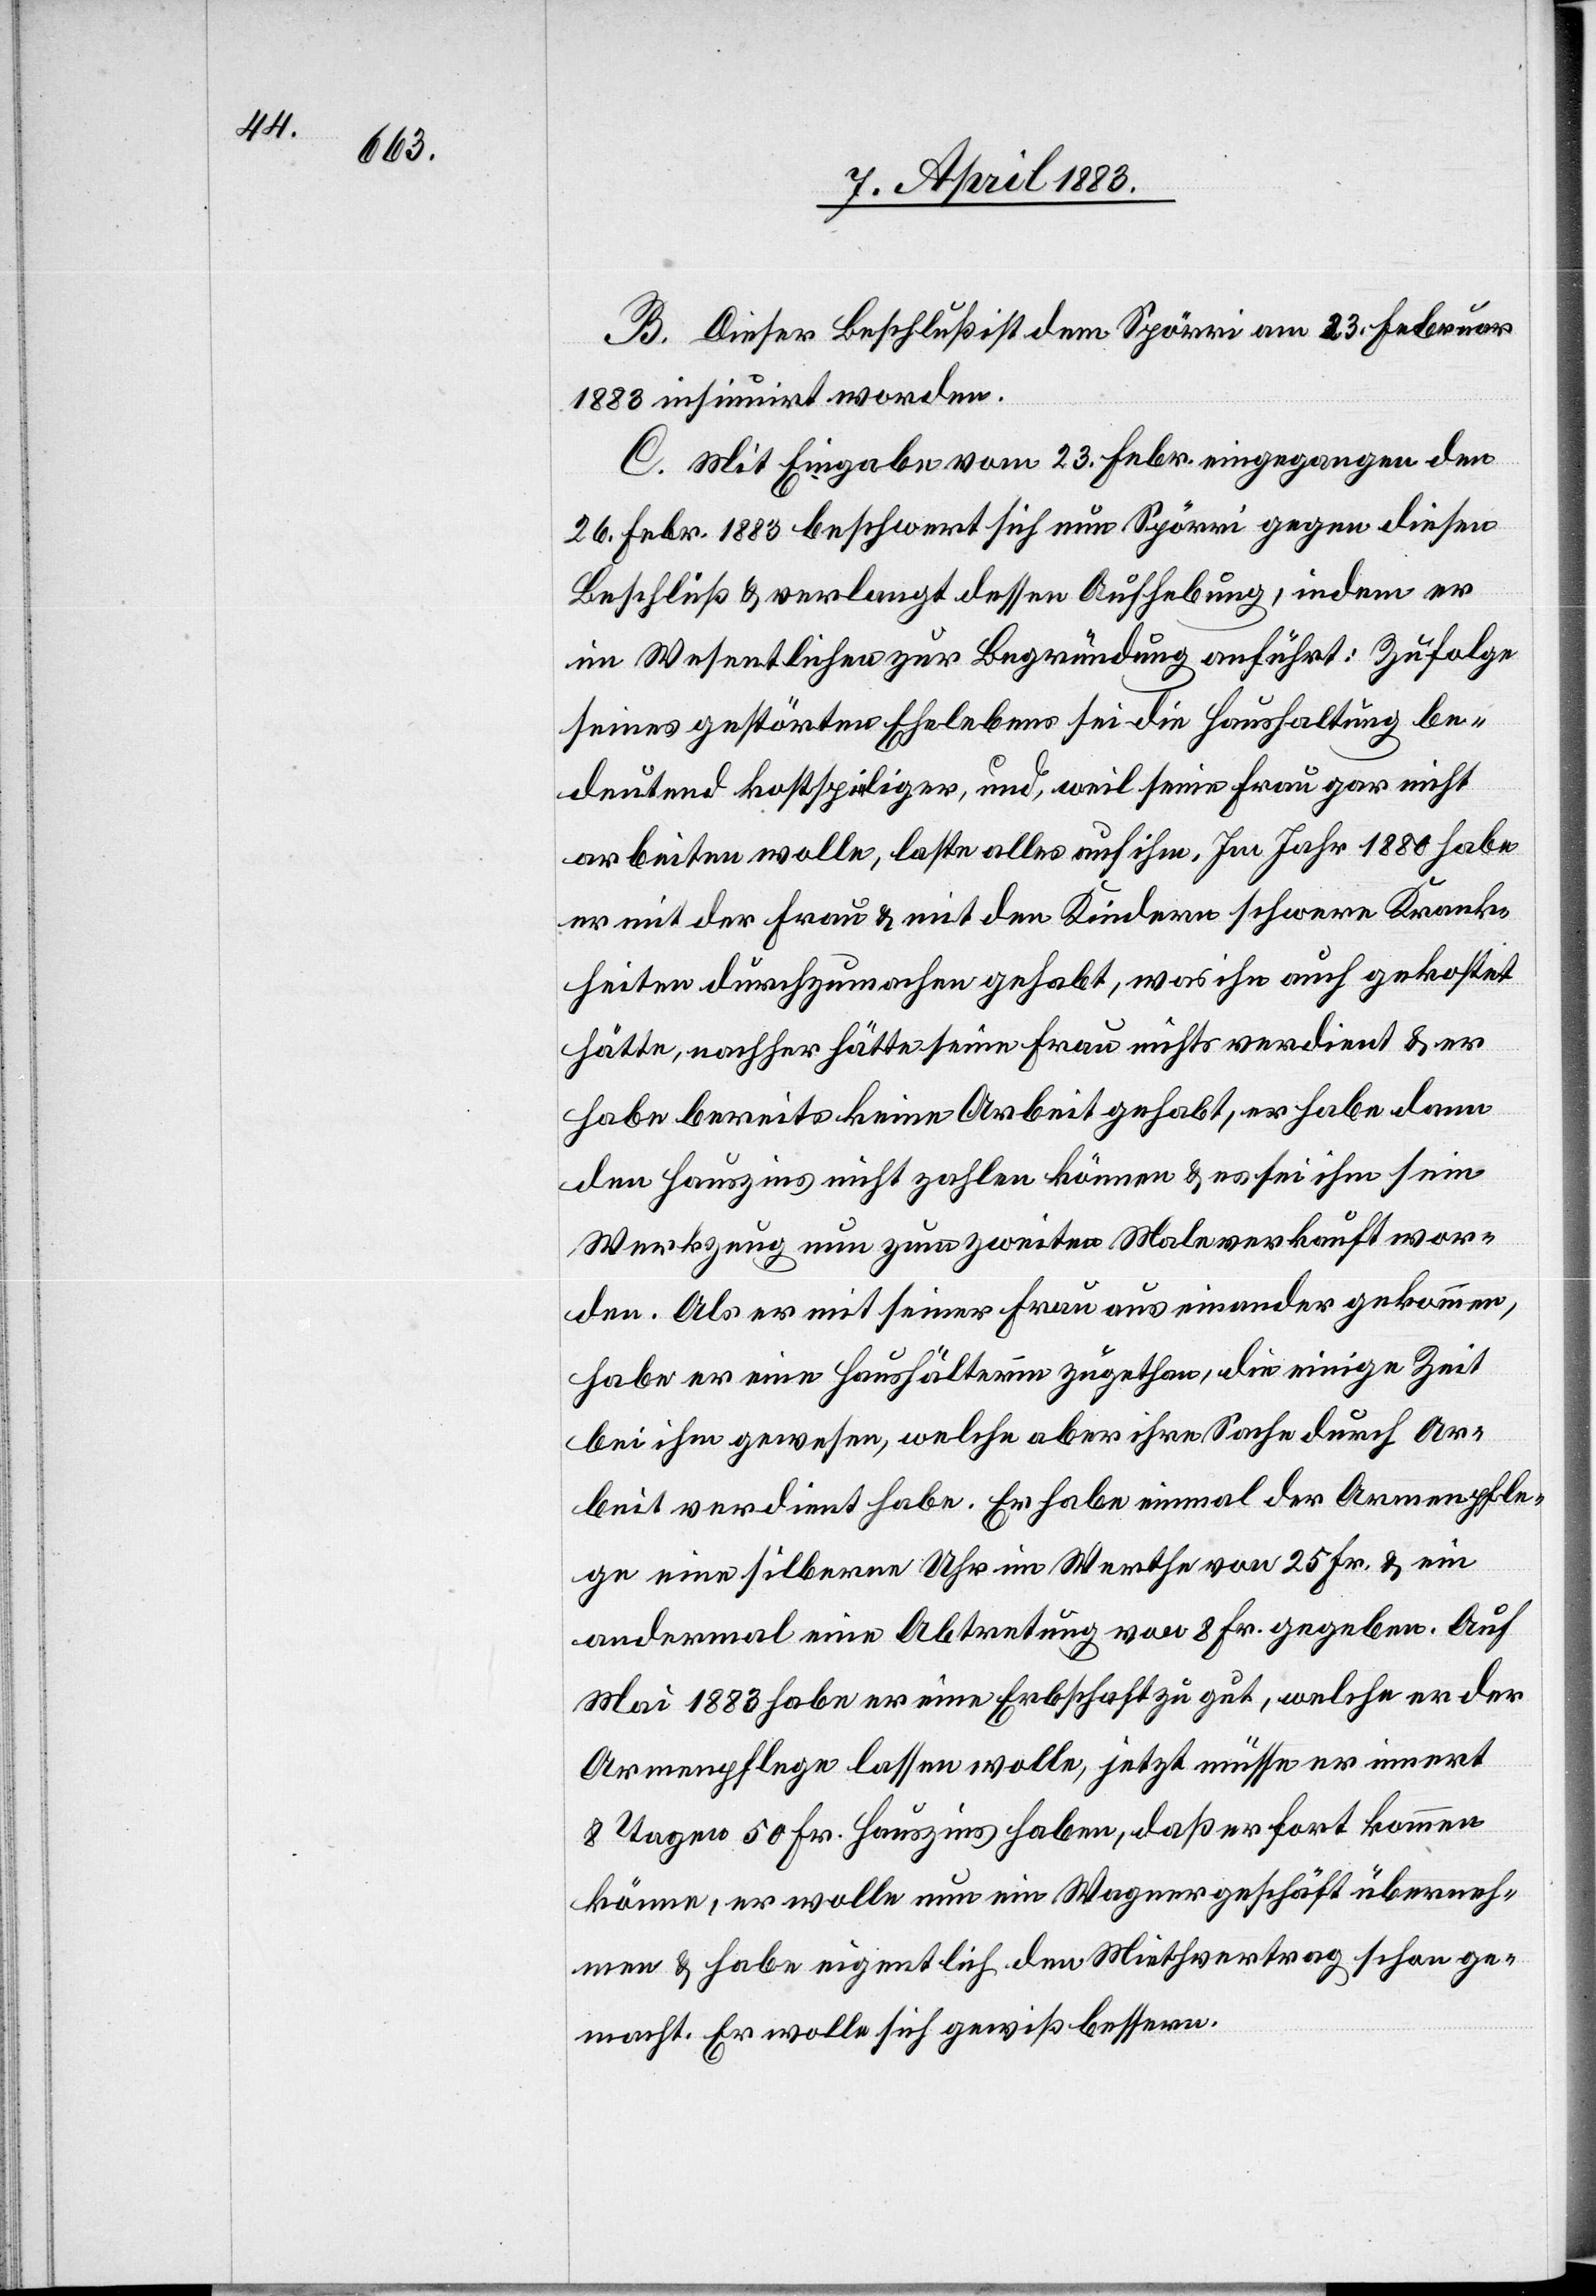
B. Dieser Beschluß ist dem Spörri am 23. Februar
1883 insinuirt worden.
C. Mit Eingabe vom 23. Febr. eingegangen den
26. Febr. 1883 beschwert sich nun Spörri gegen diesen
Beschluß & verlangt dessen Aufhebung, indem er
im Wesentlichen zur Begründung anführt: Zufolge
seines gestörten Ehelebens sei die Haushaltung be¬
deutend kostspieliger, und, weil seine Frau gar nicht
arbeiten wolle, laste alles auf ihm. Im Jahr 1880 habe
er mit der Frau & mit den Kindern schwere Krank¬
heiten durchzumachen gehabt, was ihn auch gekostet
hätte, nachher hätte seine Frau nichts verdient & er
habe bereits keine Arbeit gehabt, er habe dann
den Hauszins nicht zahlen können & es sei ihm sein
Werkzeug zum zweiten Male verkauft wor¬
den. Als er mit seiner Frau auseinandergekommen,
habe er eine Haushälterin zugethan, die einige Zeit
bei ihm gewesen, welche aber ihre Sache durch Ar¬
beit verdient habe. Er habe einmal der Armenpfle¬
ge eine silberne Uhr im Werthe von 25 Fr. & ein
andermal eine Abtretung von 8 Fr. gegeben. Auf
Mai 1883 habe er eine Erbschaft zu gut, welche er der
Armenpflege lassen wolle, jetzt müsse er innert
8 Tagen 50 Fr. Hauszins haben, daß er fort kommen
könne, er wolle nun ein Wagnergeschäft überneh¬
men & habe eigentlich dem Miethvertrag schon ge¬
macht. Er wolle sich gewiß bessern.